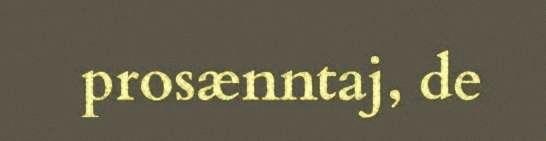
prosænntaj, de